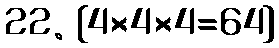
22. {4×4×4=64}